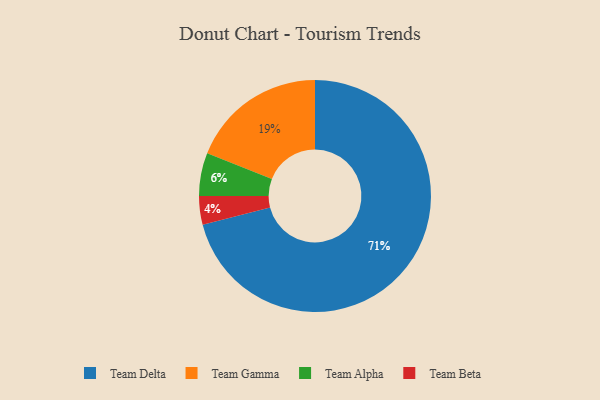
{"axis": {"x": "Category", "y": "Percentage"}, "legend": ["Team Alpha", "Team Beta", "Team Delta", "Team Gamma"], "data": [{"x": "Team Delta", "y": 71, "type": "Team Delta"}, {"x": "Team Alpha", "y": 6, "type": "Team Alpha"}, {"x": "Team Gamma", "y": 19, "type": "Team Gamma"}, {"x": "Team Beta", "y": 4, "type": "Team Beta"}]}